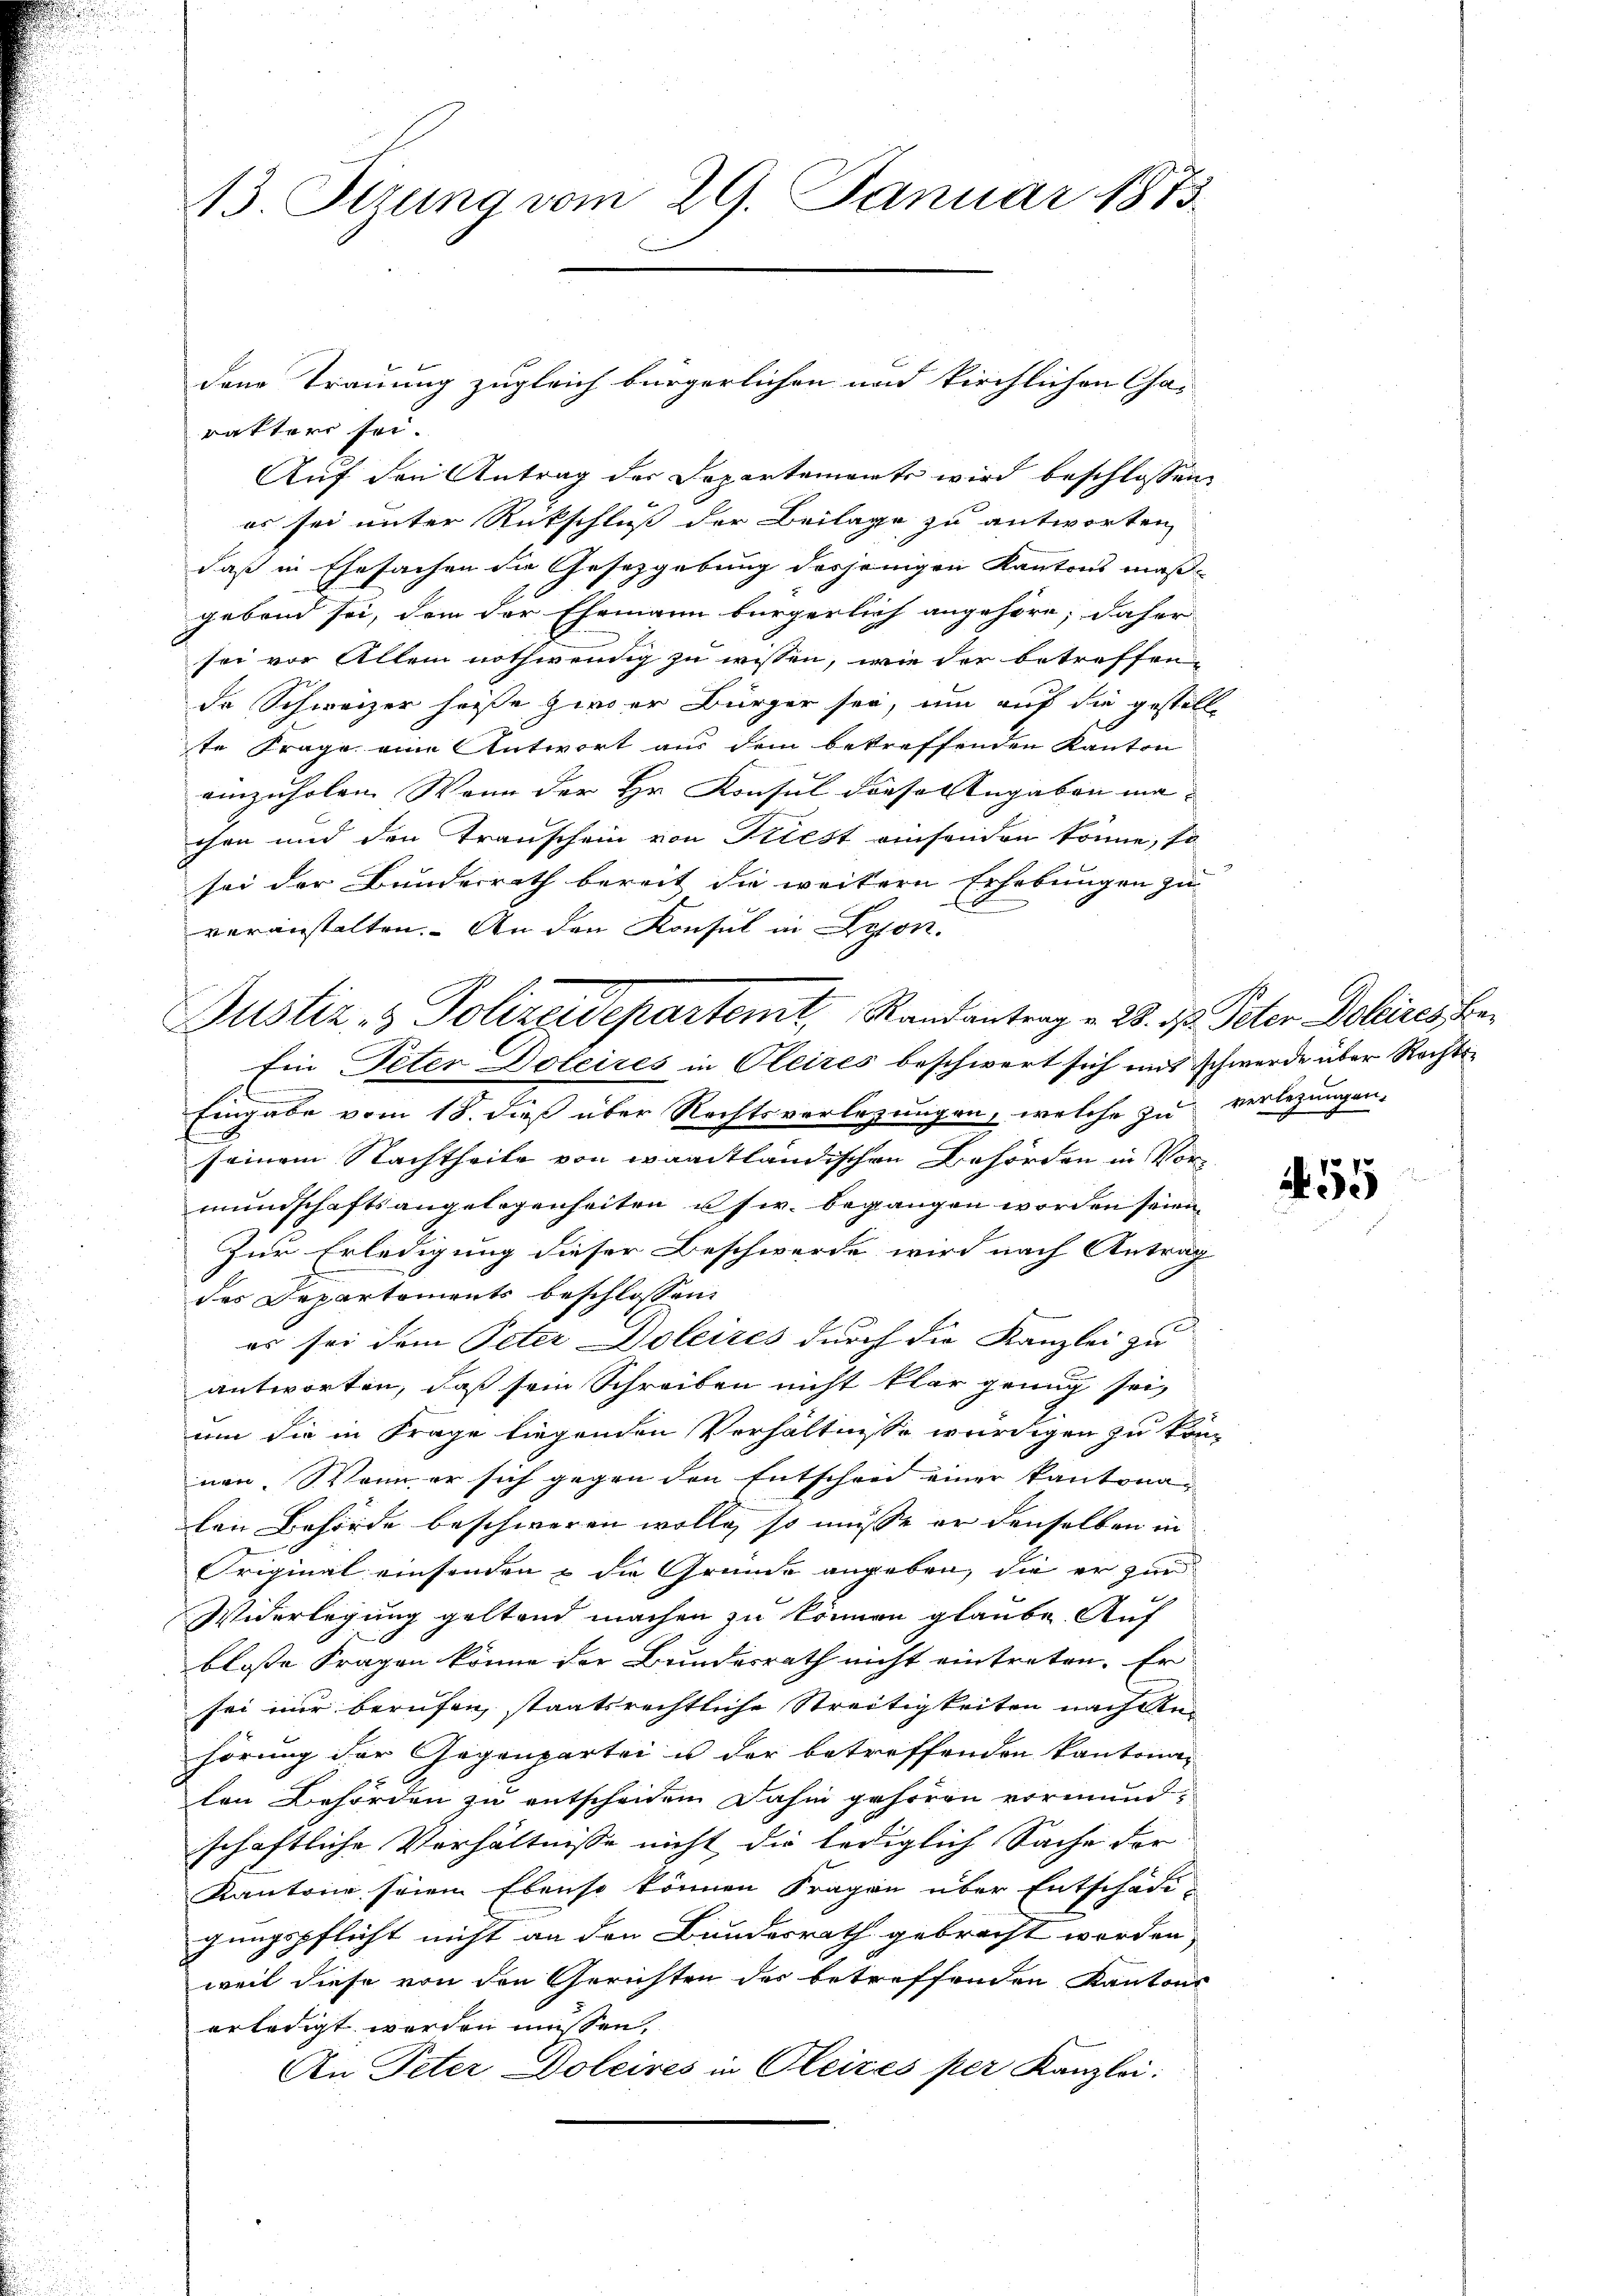
13. Situng vom 29. Januar 1873.

Justiz- & Polizeidepartemt, Randantrag v. 28. ds. Peter Polices be¬
Ein Peter Doleires in Oleizes beschwert sich uns schwerde über Rechts¬

rakter sei.
Auf den Antrag der Departemente wird beschlossen:
es sei unter Rückschluß der Beilage zu antworten
daß in Ehesachen die Gesetzgebung desjenigen Kantons maß-
gebend sei, dem der Ehemann bürgerlich angehöre; daher
sei vor Allem nothwendig zu wissen, wie der betreffen-
de Schweizer heiße zwar Bürger sei, um auf die gestell-
te Frage eine Antwort aus dem betreffenden Kanton
einzuholen. Wenn der Hr. Konsul dieser Angaben machen und den Transchein von Kriest einsenden könne, so
sei der Bundesrath bereit die weitere Erhebungen zu
veranstalten. An den Konsul in Lyon.
Eingabe vom 18. dieß über Rechtsverlesungen, welche zu verlegungen.
seinem Nachtheile von waadtländischen Behörden in Vormundschaftsangelegenheiten usw. begangen worden seien,
Zur Erledigung dieser Beschwerde wird nach Antrag
des Departements beschlossen:
c
es sei dem Peter Doleites durch die Kanzlei zu
antworten, daß sein Schreiben nicht klar genug sei,
um die in Frage liegenden Verhältnisse würdigen zu können. Wenn er sich gegen den Entschrei einer Kantonalen Behörde beschweren wolle, so müsse er denselben in
Original einsenden & die Gründe angeben, die er zur
Widerlegung geltend machen zu können glaube. Auf
blosse Fragen könne der Bundesrath nicht eintreten. Er
sei nur berufen, staatsrechtliche Streitigkeiten nach denhörung der Gegenpartei u der betreffenden Kantonalen Behörden zu entscheiden dahin gehören vormundschaftliche Verhältnisse nicht die lediglich Sache der
Kantone seien Ebenso können Fragen über Entschädigungspflicht nicht an den Bundesrath gebracht worden,
weil diese von den Gerichten des betreffenden Kantons
erledigt werden müssen,
An Peter Doleires in Oleizes per Kanzlei:

dem Trauung zugleich bürgerlichen und kirchlichen Cha-

1455